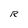
Character: R